Annual administration and progress report of the Indian Medical Department, Bombay
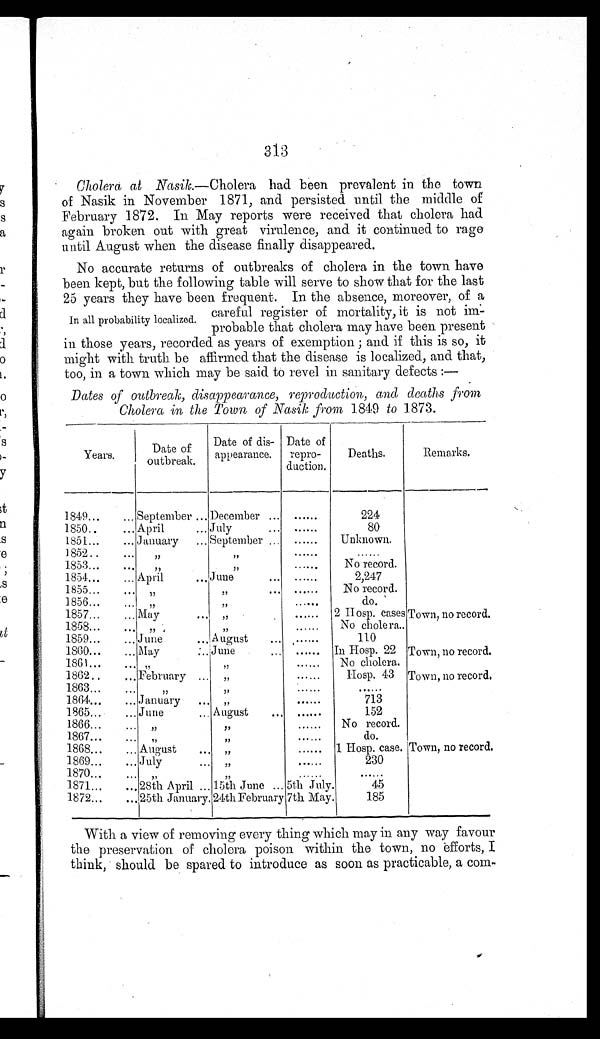
31:3
Cholera at Nasik.—Cholera had been prevalent in the town
of Nasik in November 1871, and persisted until the middle of
February 1872. In May reports were received that cholera had
again broken out with great virulence, and it continued to rage
until August when the disease finally disappeared.
No accurate returns of outbreaks of cholera in the town have
been kept, but the following table will serve to show that for the last
25 years they have been frequent. In the absence, moreover, of a
In
careful register of mortality, it is not lm-
all probability localized.
probable that cholera may have been present
in those years, recorded as years of exemption ; and if this is so, it
might with truth be affirmed that the disease is localized, and that,
too, in a town which may be said to revel in sanitary defects :-
Dates of outbreak, disappearance, reproduction, and deaths from
Cholera in the Town of Nasik from 1849 to 1873.
Years.
Date of
outbreak.
Date of dis-
appearance.
Date of
repro-
duction.
Deaths.
Remarks.
1849...
... September ... December ...
......
224
1850..
... April
... July
...
......
80
1851...
... January
... September ...
......
Unknown.
1852..
...
,,
3,
1853......
,,
1,
......
No record.
1854_
... April
...June
...
......
2,247
1855...
...
„
...
......
No record.
18 56 ...
...
„
......
do.
1857...
... May
......
2 II esp. cases Town, no record.
1858...
..
„
, ,
.....
No cholera..
1859...
.,. J u ne
,., August
...
• • • . • •
110
1800...
... May
:.. June
......
In Hosp. 22 Town, no record.
1861..
,,
......
No cholera.
1862 . •
...February ...
,,
......
Hosp. 43 Town, no record.
1 863...
...
„
1864...
... January
...
„
......
713
1865...
... June
„. August
• . .
Ie.” •
152
1866...
—
,
„
......
No record.
1867...
– •
......
do.
1868...
.„ Augus
......
1 Hosp. case. Town, no record.
1869...
... Jul
. .....
230
1870...
.• •
,,
,
1871...
... 28th April „ , 15th June ... 5th July.
45
1872...
... 25th January. 24t1i. February 7th May.
185
With a view of removing every thing which may in any way favour
the preservation of cholera poison within the town, no efforts, I
think, should be spared to introduce as soon as practicable, a com-